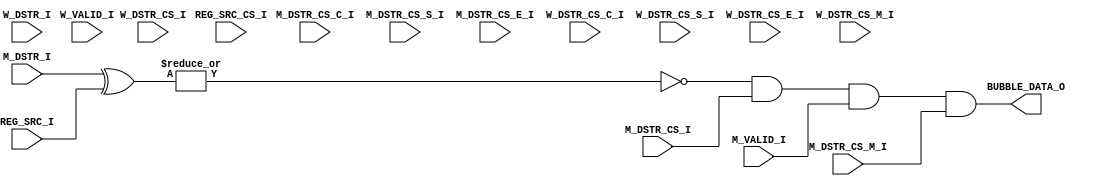
// **********
// COPYRIGHT(c) 2018, LUOYIN
// All rights reserved
// 
// IP LIB INDEX	:
// IP Name		: 
// File Name	: 
// Module Name	: 
// Full Name	: 
// 
// Author		: 
// Email		: 
// Data			: 
// Version		: 
//
// Abstract		: 
// Called By	: 
// 
// Modification Histroy
// 
// **********

// **********
// DEFINE MODEL PORT
// **********
//
module cpu_bubble_data(
	REG_SRC_I, REG_SRC_CS_I,
	M_DSTR_I, M_VALID_I, M_DSTR_CS_I, M_DSTR_CS_C_I, M_DSTR_CS_S_I, M_DSTR_CS_E_I, M_DSTR_CS_M_I,
	W_DSTR_I, W_VALID_I, W_DSTR_CS_I, W_DSTR_CS_C_I, W_DSTR_CS_S_I, W_DSTR_CS_E_I, W_DSTR_CS_M_I,
	BUBBLE_DATA_O
);

	// **********
	// DEFINE PARAMETER
	// **********

	// **********
	// DEFINE INPUT
	// **********
	input wire [2:0] 	REG_SRC_I;
	input wire			REG_SRC_CS_I;
	input wire [2:0]	M_DSTR_I;
	input wire			M_VALID_I;
	input wire			M_DSTR_CS_I;
	input wire			M_DSTR_CS_C_I;
	input wire			M_DSTR_CS_S_I;
	input wire			M_DSTR_CS_E_I;
	input wire			M_DSTR_CS_M_I;
	input wire [2:0]	W_DSTR_I;
	input wire			W_VALID_I;
	input wire			W_DSTR_CS_I;
	input wire			W_DSTR_CS_C_I;
	input wire			W_DSTR_CS_S_I;
	input wire			W_DSTR_CS_E_I;
	input wire			W_DSTR_CS_M_I;

	// **********
	// DEFINE OUTPUT
	// **********
	output wire			BUBBLE_DATA_O;

	// **********
	// ATRRIBUTE
	// **********
	wire				wM_Enable;
	wire				wW_Enable;

	// **********
	// INSTANCE MODULE
	// **********
	assign wM_Enable = (~(|(M_DSTR_I ^ REG_SRC_I))) & M_DSTR_CS_I & M_VALID_I;
	assign wW_Enable = (~(|(W_DSTR_I ^ REG_SRC_I))) & W_DSTR_CS_I & W_VALID_I;
	assign BUBBLE_DATA_O = ( wM_Enable) & (M_DSTR_CS_M_I);

	// **********
	// MAIN CODE
	// **********
	
endmodule